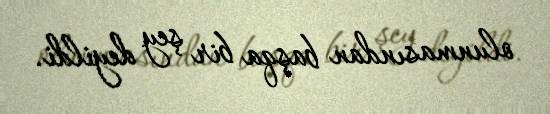
olunmasından başqa bir şey deyildi.